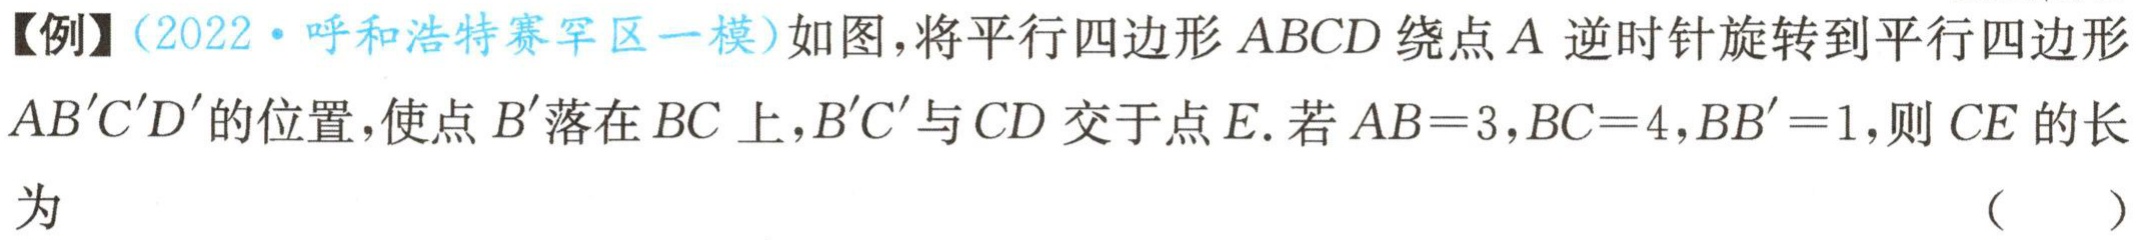
【例】（2022·呼和浩特赛罕区一模）如图，将平行四边形 \(ABCD\) 绕点 \(A\) 逆时针旋转到平行四边形 \(AB'C'D'\) 的位置，使点 \(B'\) 落在 \(BC\) 上，\(B'C'\) 与 \(CD\) 交于点 \(E\). 若 \(AB = 3\)，\(BC = 4\)，\(BB' = 1\)，则 \(CE\) 的长为 （  ）